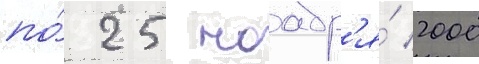
по́ 25 ноабр'я́ 2000